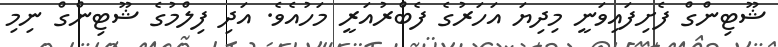
ޝޫޓިންގް ފެށިފައިވަނީ މިދިޔަ އަހަރުގެ ފެބްރުއަރީ މަހުއެވެ. އަދި ފިލްމުގެ ޝޫޓިންގް ނިމި